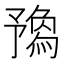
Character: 𠄝